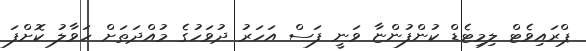
ޕްރައިވެޓް ލިމިޓެޑް ކުންފުންޏާ ވަނީ ފަސް އަހަރު ދުވަހުގެ މުއްދަތަށް ހަވާލު ކޮށްފަ